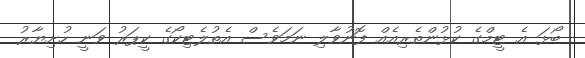
ބޯޅަ އެ ޓީމްގެ ކުޅުންތެރިއެއް ފޮނުވާލި ނަމަވެސް އެތުލެޓިކޯގެ ކީޕަރު ވަނީ ހުށިޔާރު